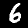
Digit: 6